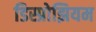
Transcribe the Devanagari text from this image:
डिस्प्रोझियम